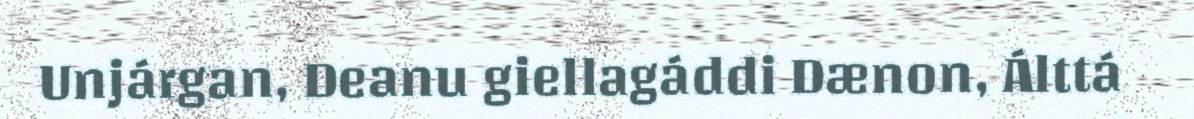
Unjárgan, Deanu giellagáddi Dænon, Álttá